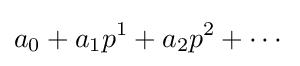
a_{0}+a_{1}p^{1}+a_{2}p^{2}+\cdots